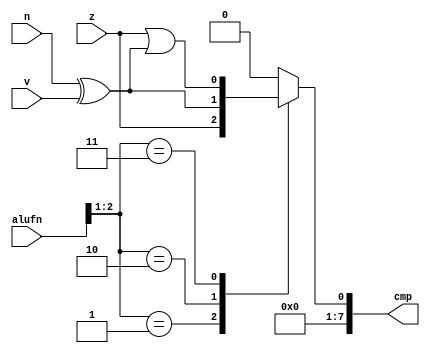
/*
   This file was generated automatically by the Mojo IDE version B1.3.6.
   Do not edit this file directly. Instead edit the original Lucid source.
   This is a temporary file and any changes made to it will be destroyed.
*/

module comparator_9 (
    input [5:0] alufn,
    input z,
    input v,
    input n,
    output reg [7:0] cmp
  );
  
  
  
  reg cmp1;
  
  always @* begin
    
    case (alufn[1+1-:2])
      2'h1: begin
        cmp1 = z;
      end
      2'h2: begin
        cmp1 = n ^ v;
      end
      2'h3: begin
        cmp1 = z | (n ^ v);
      end
      default: begin
        cmp1 = 1'h0;
      end
    endcase
    cmp[0+0-:1] = cmp1;
    cmp[1+6-:7] = 7'h00;
  end
endmodule